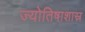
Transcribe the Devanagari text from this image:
ज्योतिषाशास्र